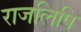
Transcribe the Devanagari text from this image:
राजलिपि